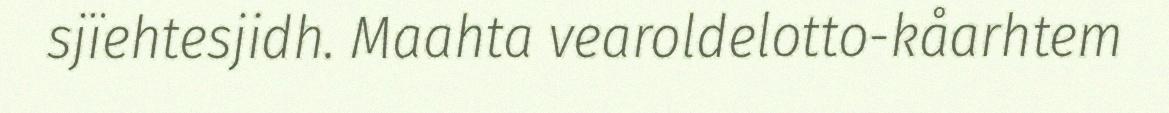
sjïehtesjidh. Maahta vearoldelotto-kåarhtem